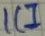
Text: IC1